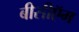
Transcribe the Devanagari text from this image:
बीसीऍम